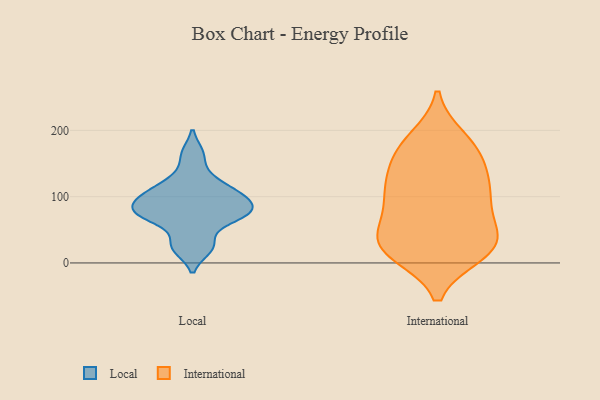
{"axis": {"x": "Gross Profit (USD K)", "y": "Value"}, "legend": ["International", "Local"], "data": [{"x": "", "y": 106, "type": "Local"}, {"x": "", "y": 127, "type": "Local"}, {"x": "", "y": 71, "type": "Local"}, {"x": "", "y": 164, "type": "Local"}, {"x": "", "y": 22, "type": "Local"}, {"x": "", "y": 77, "type": "Local"}, {"x": "", "y": 67, "type": "Local"}, {"x": "", "y": 75, "type": "Local"}, {"x": "", "y": 93, "type": "Local"}, {"x": "", "y": 28, "type": "Local"}, {"x": "", "y": 91, "type": "Local"}, {"x": "", "y": 108, "type": "Local"}, {"x": "", "y": 54, "type": "International"}, {"x": "", "y": 158, "type": "International"}, {"x": "", "y": 27, "type": "International"}, {"x": "", "y": 105, "type": "International"}, {"x": "", "y": 133, "type": "International"}, {"x": "", "y": 62, "type": "International"}, {"x": "", "y": 14, "type": "International"}, {"x": "", "y": 154, "type": "International"}, {"x": "", "y": 169, "type": "International"}, {"x": "", "y": 185, "type": "International"}, {"x": "", "y": 31, "type": "International"}, {"x": "", "y": 18, "type": "International"}, {"x": "", "y": 112, "type": "International"}, {"x": "", "y": 112, "type": "International"}, {"x": "", "y": 36, "type": "International"}, {"x": "", "y": 188, "type": "International"}, {"x": "", "y": 15, "type": "International"}, {"x": "", "y": 97, "type": "International"}, {"x": "", "y": 26, "type": "International"}, {"x": "", "y": 89, "type": "International"}]}